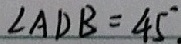
\angle A D B = 4 5 ^ { \circ }